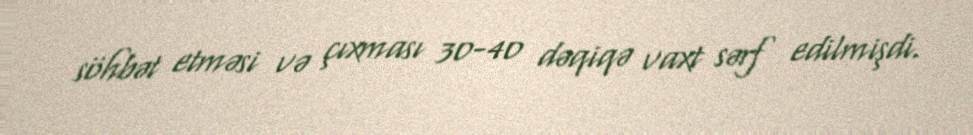
söhbət etməsi və çıxması 30-40 dəqiqə vaxt sərf edilmişdi.